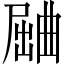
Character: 𱚾